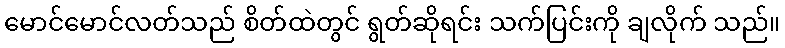
မောင်မောင်လတ်သည် စိတ်ထဲတွင် ရွတ်ဆိုရင်း သက်ပြင်းကို ချလိုက် သည်။